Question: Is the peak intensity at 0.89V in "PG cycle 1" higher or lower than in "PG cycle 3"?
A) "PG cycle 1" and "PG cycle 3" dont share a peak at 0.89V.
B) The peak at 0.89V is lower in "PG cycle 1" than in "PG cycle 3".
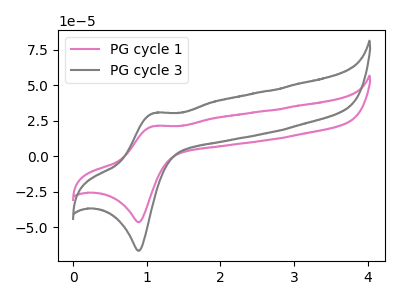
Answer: <think>The pink curve "PG cycle 1" has an anodic peak at (1.10V, 21.25uA) and a cathodic peak at (0.90V, -46.45uA). The gray curve "PG cycle 3" has an anodic peak at (1.10V, 30.45uA) and a cathodic peak at (0.90V, -66.60uA).</think>
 <answer>B) The peak at 0.89V is lower in "PG cycle 1" than in "PG cycle 3".</answer>
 <eval>B</eval>